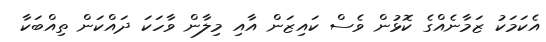
އެކަމަކު ޒަމާނެއްގެ ކޮޅުން ވެސް ކައިޒަން އާއި މިލާން ވާހަކަ ދައްކަން ތިއްބަކާ